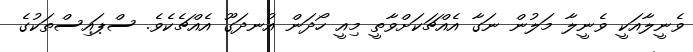
ވެނީލާއަކީ ވެނީލާ މަލުން ނަގާ އެއްޗަކަށްވާތީ މިއީ ހޯދަން އުނދަގޫ އެއްޗެކެވެ. ސްޕައިސްތަކުގެ